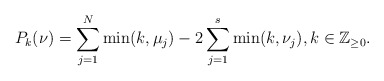
\begin{align*}P_{k}(\nu)= \sum_{j=1}^{N}\min(k,\mu_j) -2 \sum_{j=1}^{s}\min(k,\nu_j),k\in\mathbb{Z}_{\geq 0}.\end{align*}